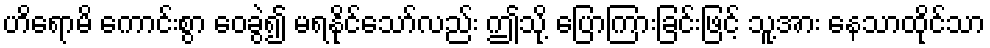
ဟိရောမိ ကောင်းစွာ ဝေခွဲ၍ မရနိုင်သော်လည်း ဤသို့ ပြောကြားခြင်းဖြင့် သူ့အား နေသာထိုင်သာ